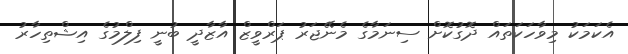
އެކަމަކު މިވާހަކަތައް ދޮގުކޮށް ސިނަމާގެ މެނޭޖަރު ޕަރްވީޒް އާޒާދީ ބުނީ ފިލްމުގެ އިޝްތިހާރު